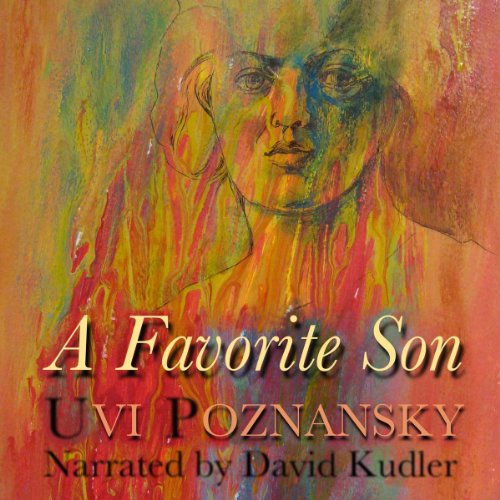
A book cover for A Favorite Son; Uvi Poznansky; Christian Books & Bibles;